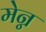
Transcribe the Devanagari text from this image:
मेन्न